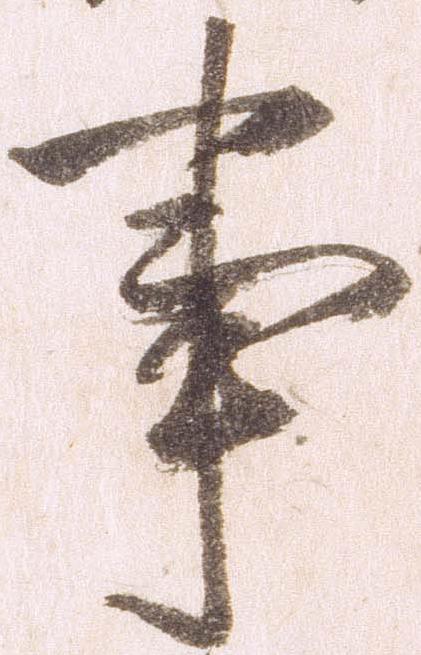
事